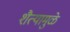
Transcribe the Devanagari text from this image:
शैत्यामुळे